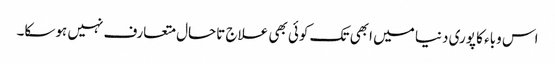
اس وباء کا پوری دنیا میں ابھی تک کوئی بھی علاج تاحال متعارف نہیں ہوسکا۔